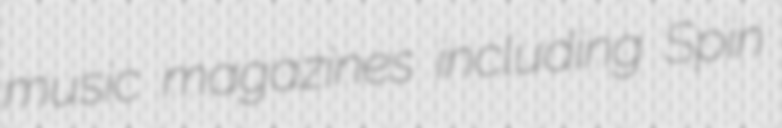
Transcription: music magazines including Spin